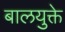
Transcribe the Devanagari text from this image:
बालयुक्ते